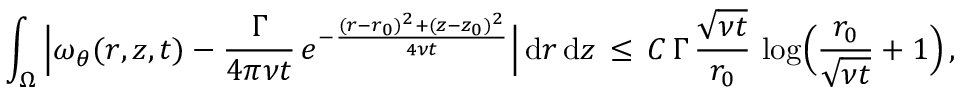
\int _ { \Omega } \, \Bigl | \omega _ { \theta } ( r , z , t ) - \frac { \Gamma } { 4 \pi \nu t } \, e ^ { - \frac { ( r - r _ { 0 } ) ^ { 2 } + ( z - z _ { 0 } ) ^ { 2 } } { 4 \nu t } } \Bigr | \, \mathrm { d } r \, \mathrm { d } z \, \le \, C \, \Gamma \, \frac { \sqrt { \nu t } } { r _ { 0 } } \, \log \Bigl ( \frac { r _ { 0 } } { \sqrt { \nu t } } + 1 \Bigr ) \, ,